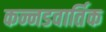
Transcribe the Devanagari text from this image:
कन्नडवार्तिक